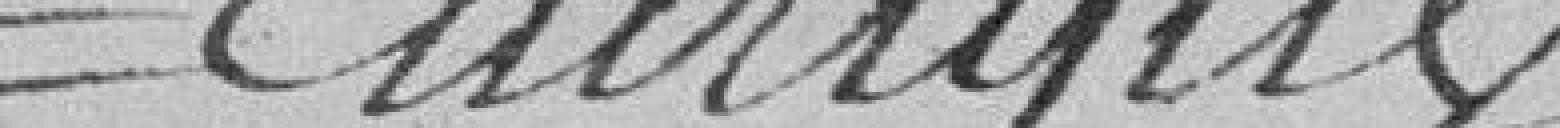
Enerique